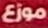
موزع